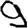
Digit: 9